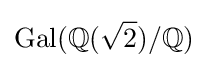
\operatorname {Gal} (\mathbb {Q} ({\sqrt {2}})/\mathbb {Q} )